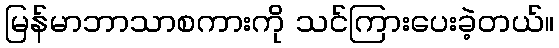
မြန်မာဘာသာစကားကို သင်ကြားပေးခဲ့တယ်။